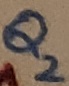
Text: Q2